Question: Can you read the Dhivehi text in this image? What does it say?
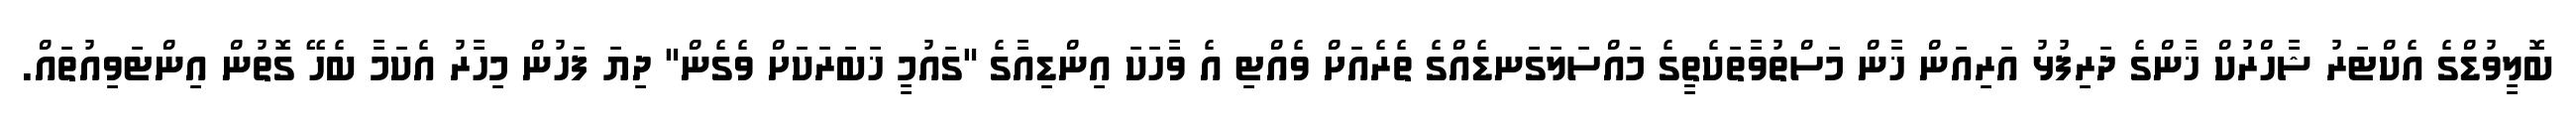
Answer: ބޮލީވުޑްގެ އެކްޓަރު ޝާހްރުކް ޚާންގެ ދަރިފުޅު އަރިއަން ޚާން މަސްތުވާތަކެތީގެ މައްސަލަގަނޑެއްގެ ތެރެއަށް ވެއްޓި އެ ވާހަކަ އިންޑިއާގެ "ގައުމީ ޚަބަރަކަށް ވެގެން" ދިޔަ ފަހުން މިހާރު އެކަމާ ބެހޭ ގޮތުން އިންޓަވިއުތައް.